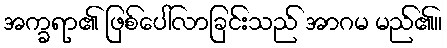
အက္ခရာ၏ ဖြစ်ပေါ်လာခြင်းသည် အာဂမ မည်၏။